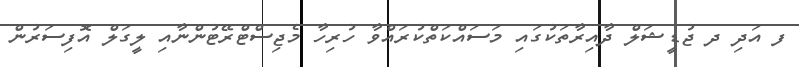
ފ އަދި ދ ޖުޑީޝަލް ދާއިރާތަކުގައި މަސައްކަތްކުރައްވާ ހުރިހާ މެޖިސްޓްރޭޓުންނާއި ލީގަލް އޮފިސަރުން